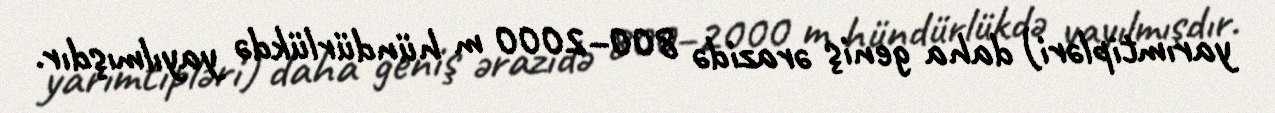
yarımtipləri) daha geniş ərazidə 800–2000 m hündürlükdə yayılmışdır.